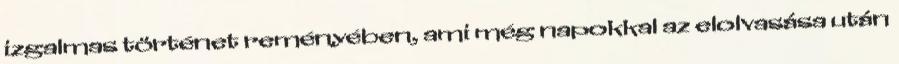
izgalmas történet reményében, ami még napokkal az elolvasása után